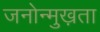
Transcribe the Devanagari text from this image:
जनोन्मुख़ता